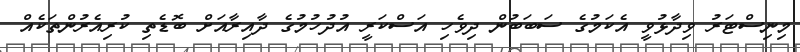
މިނިސްޓަރު ވިދާޅުވީ އެކަމުގެ ސަބަބުން ދިވެހި އަސްކަރީ އުދުހުމުގެ ދާއިރާއަށް ބޮޑެތި ކުރިއެރުންތަކެއް